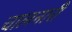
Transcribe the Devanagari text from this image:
चालनारी